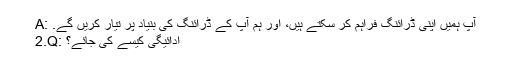
A: آپ ہمیں اپنی ڈرائنگ فراہم کر سکتے ہیں، اور ہم آپ کے ڈرائنگ کی بنیاد پر تیار کریں گے.
2.Q: ادائیگی کیسے کی جائے؟